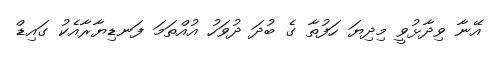
އޭނާ ވިދާޅުވީ މިދިޔަ ހަފުތާ ގެ ބުދަ ދުވަހު އުއްތަމަ ފަނޑިޔާރާއެކު ގައިޑް